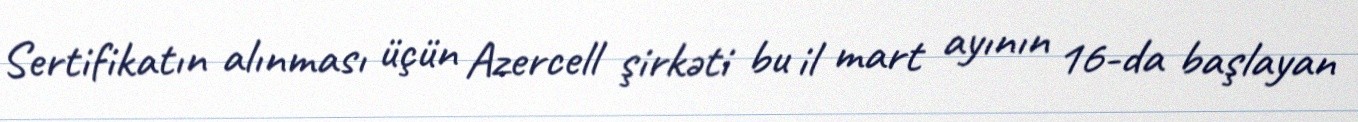
Sertifikatın alınması üçün Azercell şirkəti bu il mart ayının 16-da başlayan